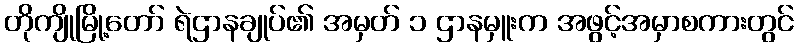
တိုကျိုမြို့တော် ရဲဌာနချုပ်၏ အမှတ် ၁ ဌာနမှူးက အဖွင့်အမှာစကားတွင်